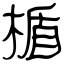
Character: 楯